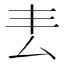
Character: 𠫢